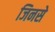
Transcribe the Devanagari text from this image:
जिनसे